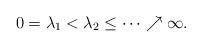
LaTeX: \begin{align*}0= \lambda_1< \lambda_2\leq \cdots \nearrow \infty.\end{align*}